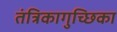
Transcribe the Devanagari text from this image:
तंत्रिकागुच्छिका